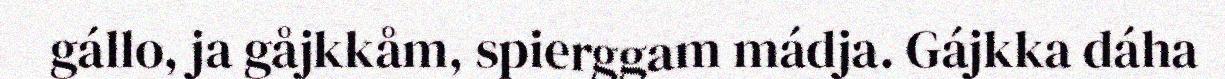
gállo, ja gåjkkåm, spierggam mádja. Gájkka dáha